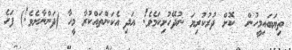
ތިޔަބައިމީހުން  ކޮށް ދުރުކުރިޔަ ނުދޭހުށިކަމެވެ! އަދި އެކަންތައްކުރާ މީހާ (ދަންނާށެވެ!) ފަހެ